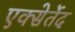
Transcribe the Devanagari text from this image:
एक्सेर्तेद